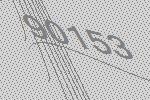
90153